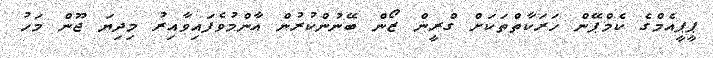
ޕީޕީއެމްގެ ކެމްޕޭން ހަރަކާތްތަކަށް ގްރީން ޒޯން ބޭނުންކުރުން އާންމުވެފައިވާއިރު މިދިޔަ ޖޫން މަހު